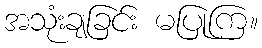
အသုံးချခြင်း မပြုကြ။